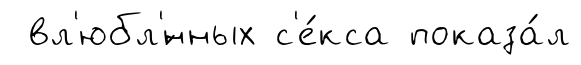
вл'юбл'́нных с'е́кса показа́л